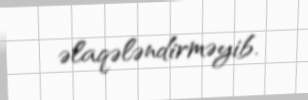
əlaqələndirməyib.